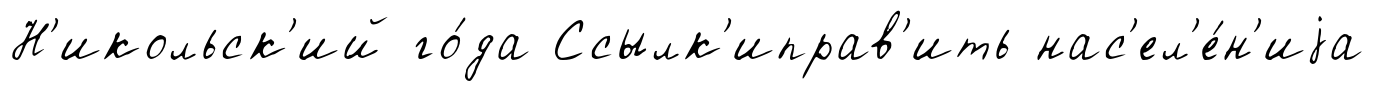
Н'икольск'ий го́да Ссылк'иправ'ить нас'ел'е́н'иjа